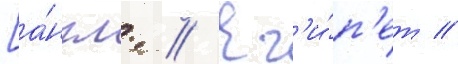
[а́нгл. // Ег'и́п'ет //